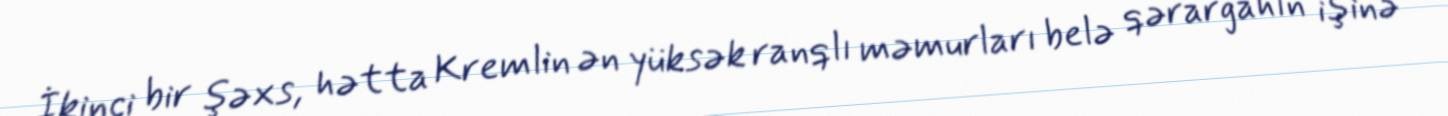
İkinci bir şəxs, hətta Kremlin ən yüksək ranqlı məmurları belə qərargahın işinə